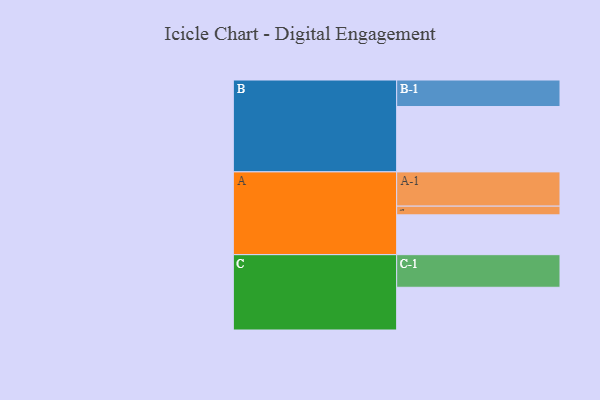
{"axis": {"x": "Segment", "y": "Value"}, "legend": ["", "A", "B", "C"], "data": [{"x": "A", "y": 315, "type": ""}, {"x": "B", "y": 517, "type": ""}, {"x": "C", "y": 338, "type": ""}, {"x": "A-1", "y": 271, "type": "A"}, {"x": "A-2", "y": 69, "type": "A"}, {"x": "B-1", "y": 210, "type": "B"}, {"x": "C-1", "y": 258, "type": "C"}]}